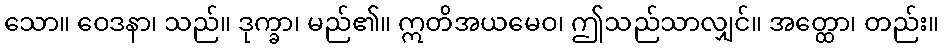
သော။ ဝေဒနာ၊ သည်။ ဒုက္ခာ၊ မည်၏။ ဣတိအယမေဝ၊ ဤသည်သာလျှင်။ အတ္ထော၊ တည်း။